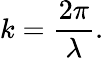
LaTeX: k={\frac{2\pi}{\lambda}}.